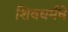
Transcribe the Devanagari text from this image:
शिवधर्मचे